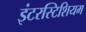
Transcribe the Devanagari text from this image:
इंटरस्टिशियम